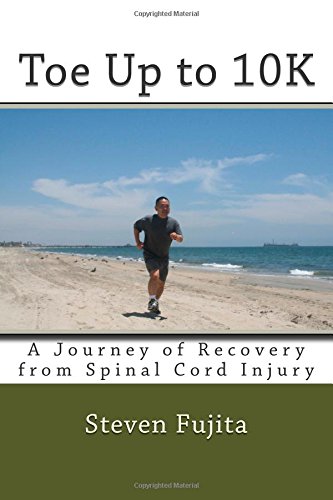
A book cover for Toe Up to 10K: A Journey of Recovery From Spinal Cord Injury; Steven Fujita; Health, Fitness & Dieting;